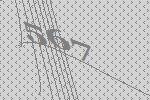
567